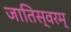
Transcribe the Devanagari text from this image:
जातिस्वरम्